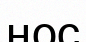
ңос